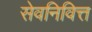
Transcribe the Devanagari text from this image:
सेवनिवित्त